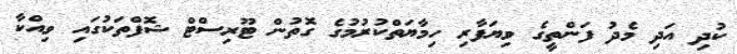
ކުދި އަދި މެދު ފަންތީގެ ވިޔަފާރި ހިމާޔަތްކުރުމުގެ ގޮތުން ޓޫރިސްޓް ޝޮފްތަކުގައި ވިއްކާ